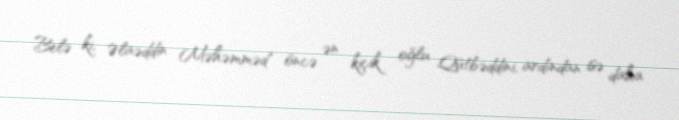
Belə ki, Əlaəddin Məhəmməd öncə ən kiçik oğlu Qütbəddini, ardından isə daha